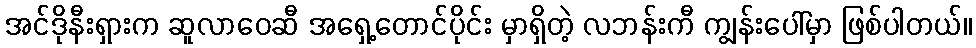
အင်ဒိုနီးရှားက ဆူလာဝေဆီ အရှေ့တောင်ပိုင်း မှာရှိတဲ့ လဘန်းကီ ကျွန်းပေါ်မှာ ဖြစ်ပါတယ်။